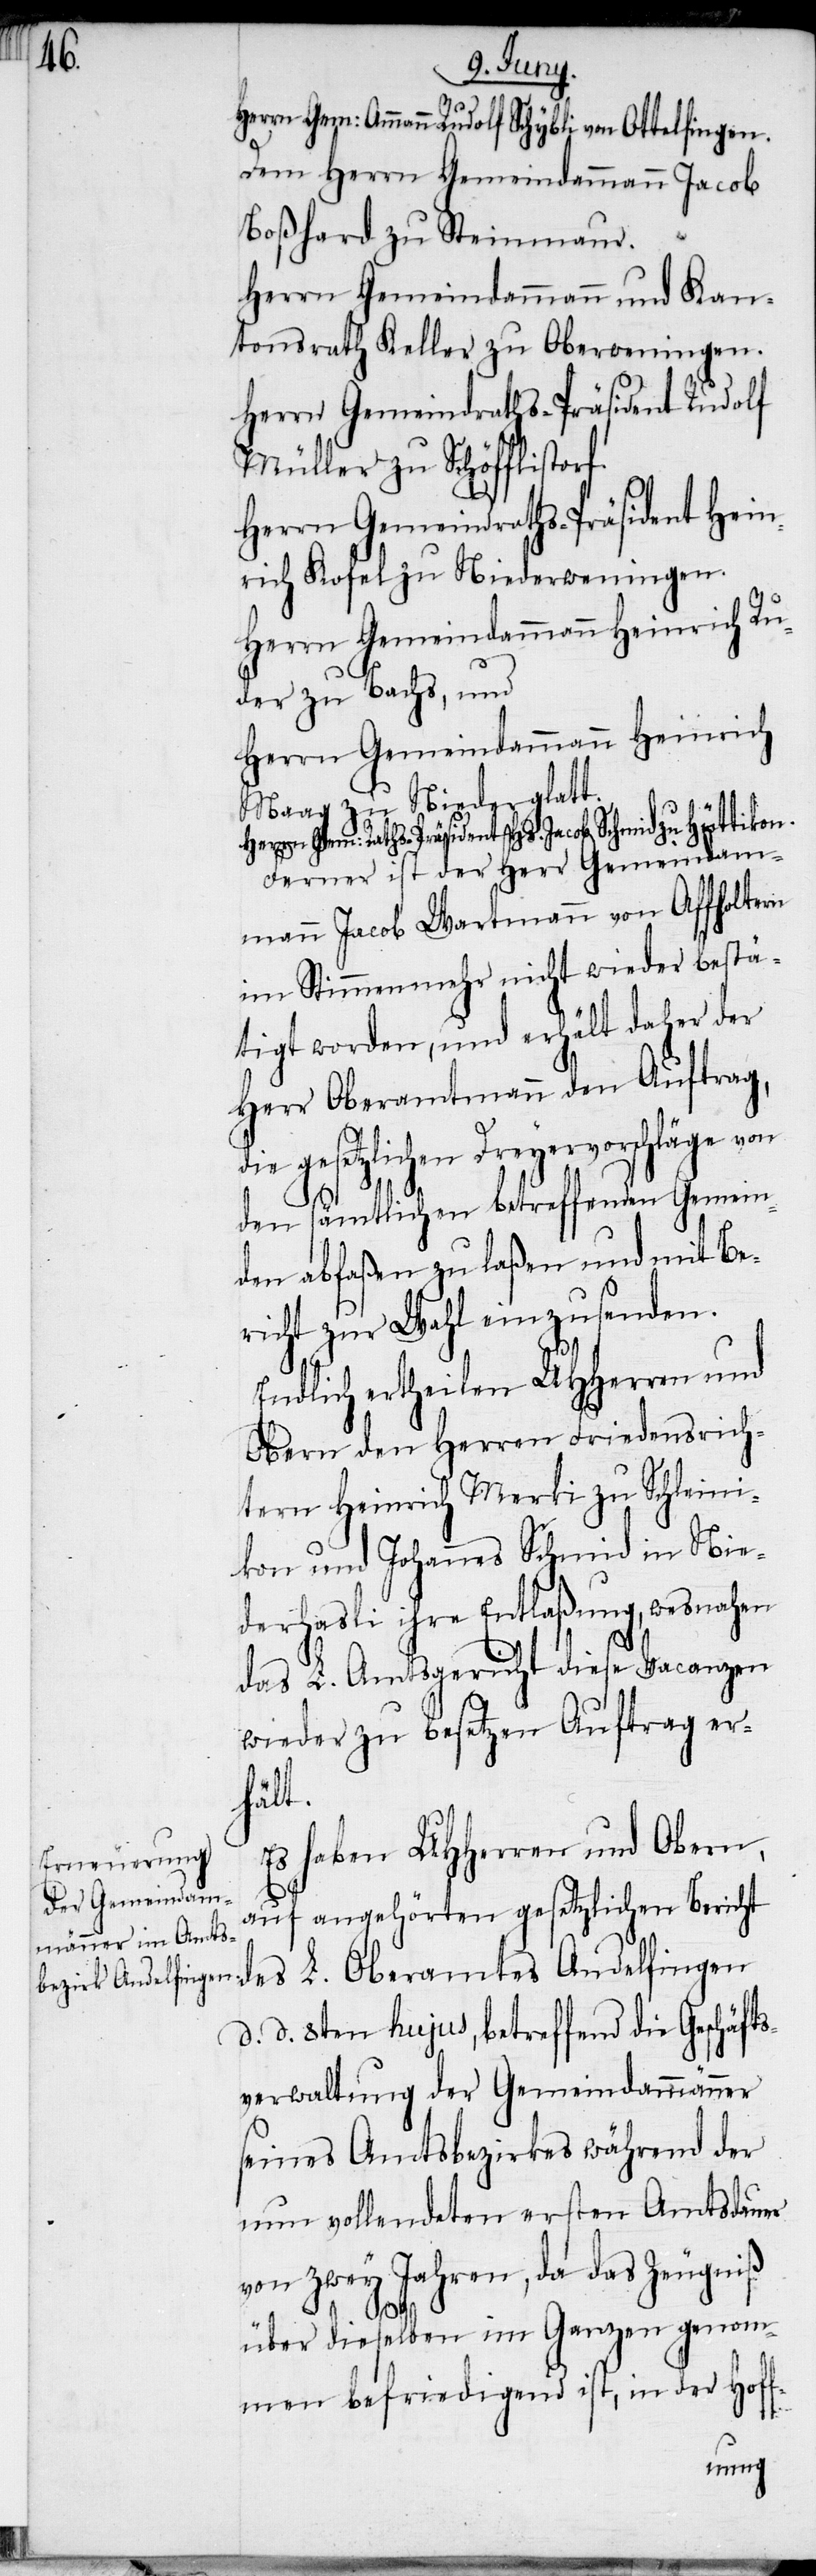
Herrn Gem: Ammann Rudolf Schybli von Ottelfingen.
Dem Herrn Gemeindammann Jacob
Boßhard zu Steinmaur.
Herrn Gemeindammann und Kan¬
tonsrath Keller zu Oberweningen.
Herrn Gemeindraths-Präsident Rudolf
Müller zu Schöfflistorf.
Herrn Gemeindraths-Präsident Hein¬
rich Kofel zu Niederweningen.
Herrn Gemeindammann Heinrich Ru¬
der zu Bachs, und
Herrn Gemeindammann Heinrich
Maag zu Niederglatt.
Herrn Gem: Raths-Präsident Hs. Jacob Schmid zu Hüttikon.
Ferner ist der Herr Gemeindam¬
mann Jacob Wartmann von Affholtern
im Stimmenmehr nicht wieder bestä¬
tigt worden, und erhält daher der
Herr Oberamtmann den Auftrag,
gesetzlichen Dreyervorschläge von
den sämtlichen betreffenden Gemein¬
den abfaßen zu laßen und mit Be¬
richt zur Wahl einzusenden.
Endlich ertheilen UHHerren und
Obern den Herren Friedensrich¬
tern Heinrich Merki zu Schleini¬
kon und Johannes Schmid in Nie¬
derhasli ihre Entlaßung, wesnahen
das L. Amtsgericht diese Vacanzen
wieder zu besetzen Auftrag er¬
hält.
Es haben UHHerren und Obern,
auf angehörten gesetzlichen Bericht
des L. Oberamtes Andelfingen
d. d. 8ten hujus, betreffend die Geschäft¬
sverwaltung der Gemeindammänner
seines Amtsbezirkes während der
nun vollendeten ersten Amtsdauer
von zwey Jahren, da das Zeugniß
über dieselben im Ganzen genom¬
men befriedigend ist, in der Hoff-